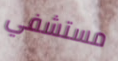
مستشفي